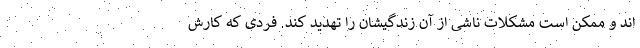
اند و ممکن است مشکلات ناشی از آن زندگیشان را تهدید کند. فردی که کارش